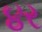
૪ર